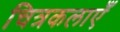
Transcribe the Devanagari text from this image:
चित्रकलाएँ